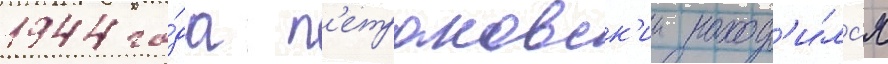
1944 го́да п'етраковск'ии наход'и́лс'я